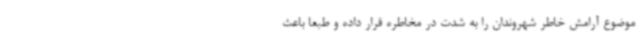
موضوع آرامش خاطر شهروندان را به شدت در مخاطره قرار داده و طبعاً باعث